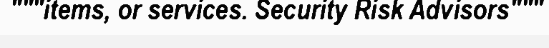
"""items, or services. Security Risk Advisors"""